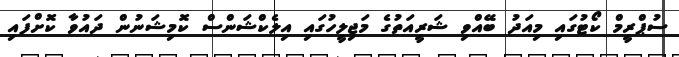
ސުޕްރީމް ކޯޓުގައި މިއަދު ބޭއްވި ޝަރީއަތުގެ މަޖިލީހުގައި އިލެކްޝަންސް ކޮމިޝަނުން ދައުވާ ކޮށްފައި